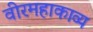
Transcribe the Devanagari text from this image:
वीरमहाकाव्य